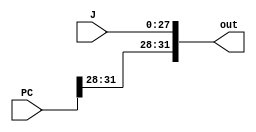
module concatJuPC(out, J, PC);
  input [31:0] PC;
  input [27:0] J ;
  output [31:0] out;
  assign {out} = {{PC[31:28]}, {J[27:0]}};
endmodule